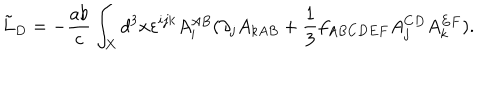
LaTeX: \tilde { L } _ { D } = - { \frac { a b } { c } } \int _ { X } d ^ { 3 } x \varepsilon ^ { i j k } A _ { i } ^ { A B } ( \partial _ { j } A _ { k A B } + { \frac { 1 } { 3 } } f _ { A B C D E F } A _ { j } ^ { C D } A _ { k } ^ { E F } ) .